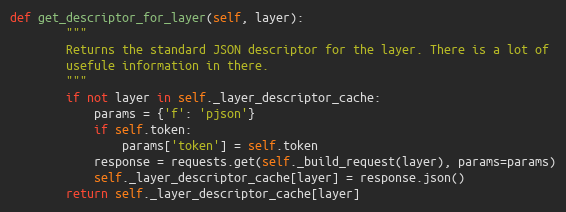
Language: Python
def get_descriptor_for_layer(self, layer):
        """
        Returns the standard JSON descriptor for the layer. There is a lot of
        usefule information in there.
        """
        if not layer in self._layer_descriptor_cache:
            params = {'f': 'pjson'}
            if self.token:
                params['token'] = self.token
            response = requests.get(self._build_request(layer), params=params)
            self._layer_descriptor_cache[layer] = response.json()
        return self._layer_descriptor_cache[layer]